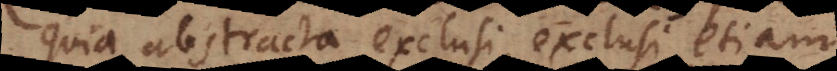
Quia abstracta exclusi, exclusi etiam